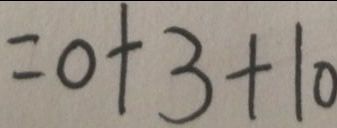
= 0 + 3 + 1 0